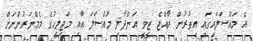
އެ މައްސަލައިގައި އިތުރުން ރާއްޖެ ޓީވީ އަންދާލި މައްސަލަ އާއި މަޖިލީހުގެ މެމްނަރުންނަށް